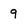
Character: 9